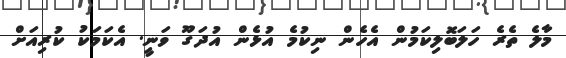
މާލެ ތެރެ ހަލަބޮލިކަމުން އެހެން ނިކުމެ އުޅެން އުދަގޫ ވަނީ. އެކަމަކު ކުރިއަށް